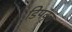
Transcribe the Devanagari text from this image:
डिपवृत्त